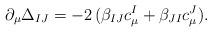
LaTeX: \begin{align*}\partial_\mu\Delta_{IJ}=-2\,(\beta_{IJ}c^I_\mu+\beta_{JI}c^J_\mu).\end{align*}